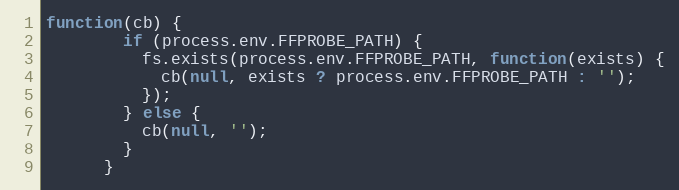
Language: JavaScript
function(cb) {
        if (process.env.FFPROBE_PATH) {
          fs.exists(process.env.FFPROBE_PATH, function(exists) {
            cb(null, exists ? process.env.FFPROBE_PATH : '');
          });
        } else {
          cb(null, '');
        }
      }